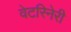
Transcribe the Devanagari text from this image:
वेटरिनेरी